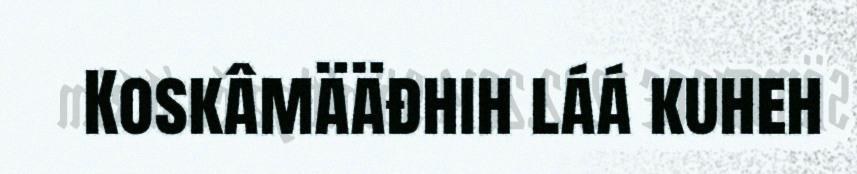
Koskâmääđhih láá kuheh